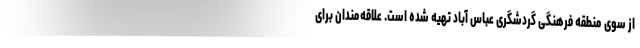
از سوی منطقه فرهنگی گردشگری عباس آباد تهیه شده است. علاقه‌مندان برای